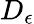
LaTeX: D_{\epsilon}